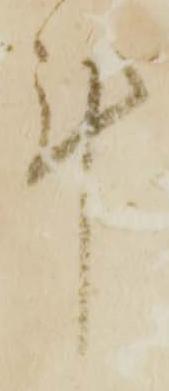
計